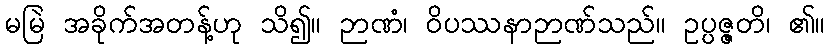
မမြဲ အခိုက်အတန့်ဟု သိ၍။ ဉာဏံ၊ ဝိပဿနာဉာဏ်သည်။ ဥပ္ပဇ္ဇတိ၊ ၏။